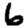
Digit: 6